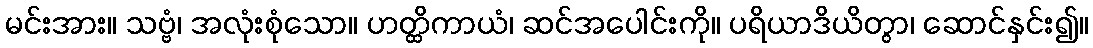
မင်းအား။ သဗ္ဗံ၊ အလုံးစုံသော။ ဟတ္ထိကာယံ၊ ဆင်အပေါင်းကို။ ပရိယာဒိယိတွာ၊ ဆောင်နှင်း၍။